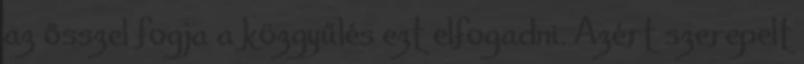
az ősszel fogja a közgyűlés ezt elfogadni. Azért szerepelt